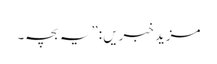
مزید خبریں :”یہ بچہ۔